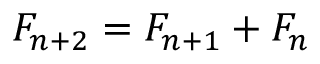
F _ { n + 2 } = F _ { n + 1 } + F _ { n }